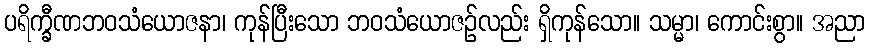
ပရိက္ခီဏဘဝသံယောဇနာ၊ ကုန်ပြီးသော ဘဝသံယောဇဉ်လည်း ရှိကုန်သော။ သမ္မာ၊ ကောင်းစွာ။ အညာ